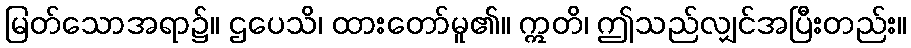
မြတ်သောအရာ၌။ ဌပေသိ၊ ထားတော်မူ၏။ ဣတိ၊ ဤသည်လျှင်အပြီးတည်း။